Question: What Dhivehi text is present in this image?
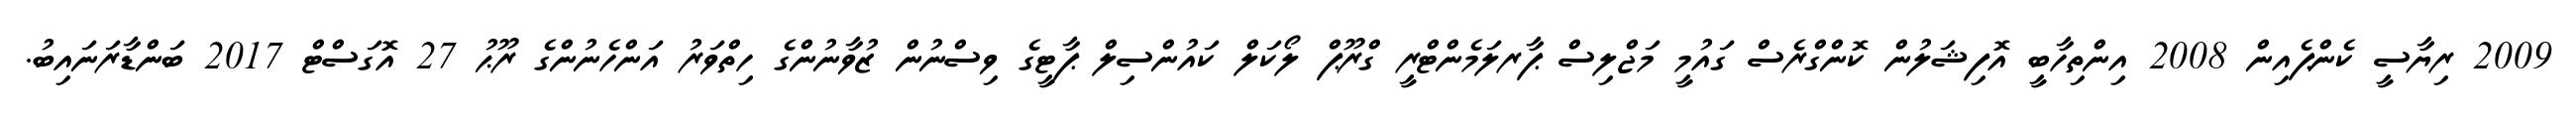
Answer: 2009 ރިޔާސީ ކެންޕެއިން 2008 އިންތިހާބީ އޮފިޝަލުން ކޮންގްރެސް ގައުމީ މަޖްލިސް ޕާރލަމެންޓްރީ ގްރޫޕް ލޯކަލް ކައުންސިލް ޕާޓީގެ ވިސްނުން ޒުވާނުންގެ ހިތްވަރު އަންހެނުންގެ ރޫޙު 27 އޮގަސްޓް 2017 ބަންޑާރަނައިބު.